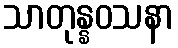
သာတုန္နဝသနာ